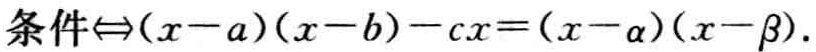
条件$\Leftrightarrow(x - a)(x - b) - cx = (x - \alpha)(x - \beta)$.